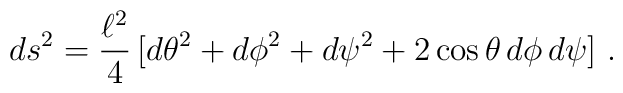
ds^2 = {\ell^2 \over 4} \, [d\theta^2 + d\phi^2 + d\psi^2 + 2\cos\theta \, d\phi \, d\psi] \ .